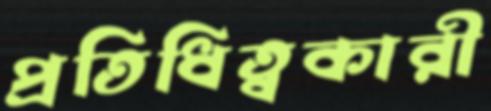
প্রতিধিত্বকারী